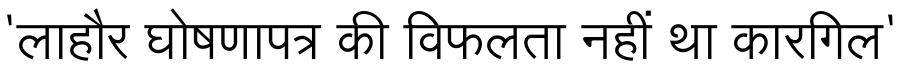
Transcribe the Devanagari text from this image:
'लाहौर घोषणापत्र की विफलता नहीं था कारगिल'